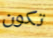
تكون